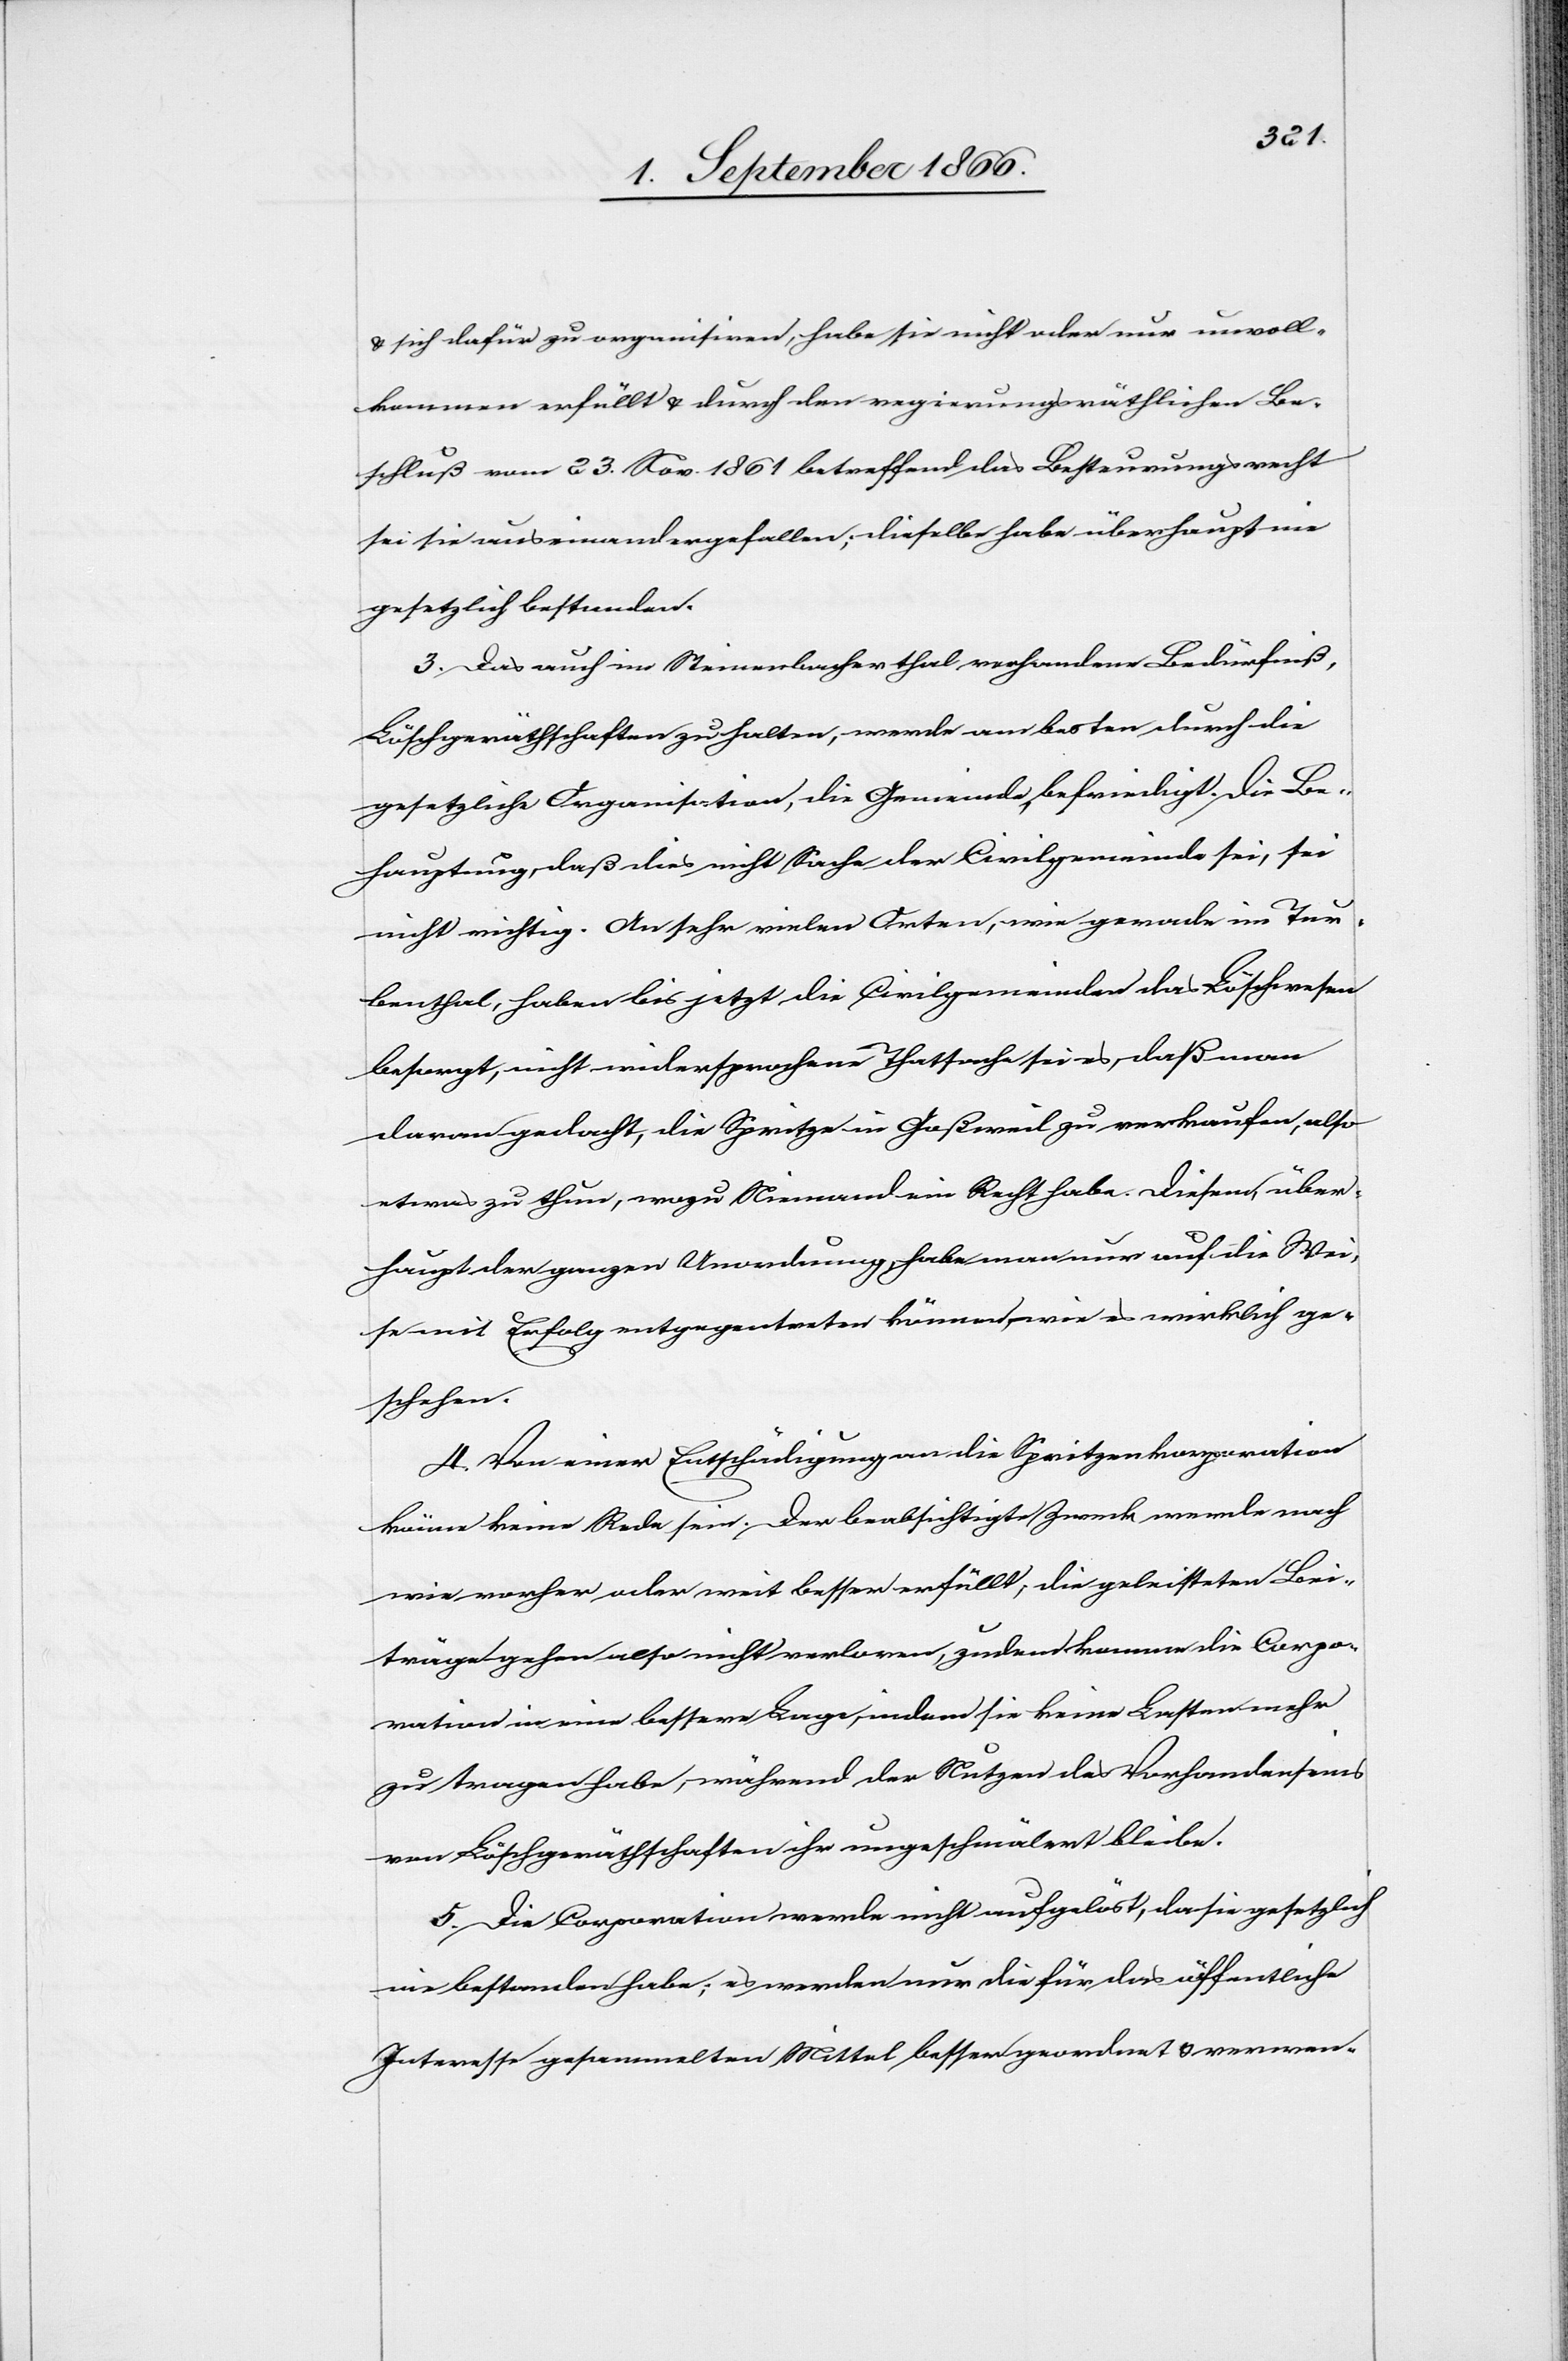
u. sich hiefür zu organisieren, habe sie nicht oder nur unvoll¬
kommen erfüllt u. durch den regierungsräthlichen Be¬
schluß vom 23. Nov. 1861 betreffend das Besteuerungsrecht
sei sie auseinandergefallen; dieselbe habe überhaupt nie
gesetzlich bestanden.
3. Das auch im Steinenbacherthal vorhandene Bedürfniß,
Löschgeräthschaften zu halten, werde am besten durch die
gesetzliche Organisation, die Gemeinde, befriedigt. Die Be¬
hauptung, daß dies nicht Sache der Civilgemeinde sei, sei
nicht richtig. An sehr vielen Orten, wie gerade im Tur¬
benthal, haben bis jetzt die Civilgemeinden das Löschwesen
besorgt, nicht widersprochene Thatsache sei es, daß man
daran gedacht, die Spritze in Goßweil zu verkaufen, also
etwas zu thun, wozu Niemand ein Recht habe. Diesem, über¬
haupt der ganzen Unordnung, habe man nur auf die Wei¬
se mit Erfolg entgegentreten können, wie es wirklich ge¬
schehen.
4. Von einer Entschädigung an die Spritzenkorporation
könne keine Rede sein. Der beabsichtigte Zweck werde nach
wie vorher oder weit besser erfüllt, die geleisteten Bei¬
träge gehen also nicht verloren, zudem komme die Corpo¬
ration in eine bessere Lage, indem sie keine Kosten mehr
zu tragen habe, während der Nutzen des Vorhandenseins
von Löschgeräthschaften ihr ungeschmälert bleibe.
5. Die Corporation werde nicht aufgelöst, da sie gesetzlich
nie bestanden habe; es werden nur die für das öffentliche
Interesse gesammelten Mittel besser geordnet u. verwen-